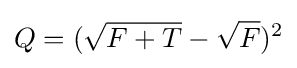
Q=({\sqrt {F+T}}-{\sqrt {F}})^{2}